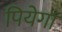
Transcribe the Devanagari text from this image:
पियेगा